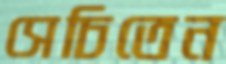
সেচিতেন